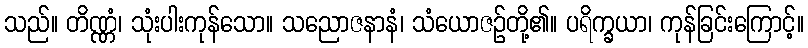
သည်။ တိဏ္ဏံ၊ သုံးပါးကုန်သော။ သညောဇနာနံ၊ သံယောဇဉ်တို့၏။ ပရိက္ခယာ၊ ကုန်ခြင်းကြောင့်။